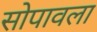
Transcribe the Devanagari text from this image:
सोपावला